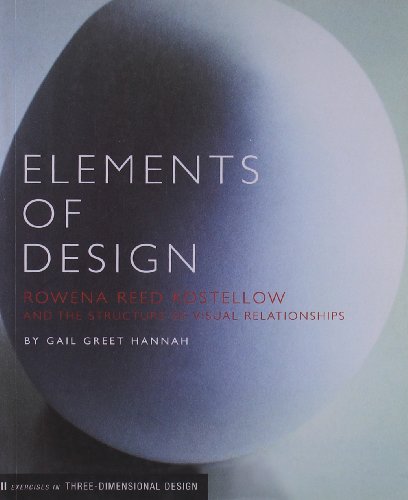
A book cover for Elements of Design: Rowena Reed Kostellow and the Structure of Visual Relationships; Gail Greet Hannah; Arts & Photography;